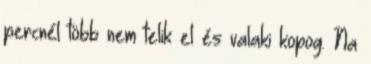
percnél több nem telik el és valaki kopog. Na